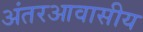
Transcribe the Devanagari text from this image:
अंतरआवासीय